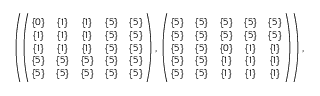
\begin{array} { r } { \small { \left( \! \left( \! \! \begin{array} { c c c c c } { \{ 0 \} } & { \{ 1 \} } & { \{ 1 \} } & { \{ 5 \} } & { \{ 5 \} } \\ { \{ 1 \} } & { \{ 1 \} } & { \{ 1 \} } & { \{ 5 \} } & { \{ 5 \} } \\ { \{ 1 \} } & { \{ 1 \} } & { \{ 1 \} } & { \{ 5 \} } & { \{ 5 \} } \\ { \{ 5 \} } & { \{ 5 \} } & { \{ 5 \} } & { \{ 5 \} } & { \{ 5 \} } \\ { \{ 5 \} } & { \{ 5 \} } & { \{ 5 \} } & { \{ 5 \} } & { \{ 5 \} } \end{array} \! \! \right) , \left( \! \! \begin{array} { c c c c c } { \{ 5 \} } & { \{ 5 \} } & { \{ 5 \} } & { \{ 5 \} } & { \{ 5 \} } \\ { \{ 5 \} } & { \{ 5 \} } & { \{ 5 \} } & { \{ 5 \} } & { \{ 5 \} } \\ { \{ 5 \} } & { \{ 5 \} } & { \{ 0 \} } & { \{ 1 \} } & { \{ 1 \} } \\ { \{ 5 \} } & { \{ 5 \} } & { \{ 1 \} } & { \{ 1 \} } & { \{ 1 \} } \\ { \{ 5 \} } & { \{ 5 \} } & { \{ 1 \} } & { \{ 1 \} } & { \{ 1 \} } \end{array} \! \! \right) \! \right) , } } \end{array}